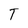
Character: T